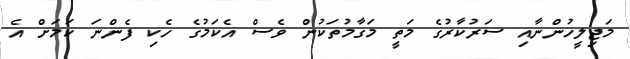
މަޖިލީހުންނާއި ސަރުކާރުގެ މަތީ މަގާމުތަކުން ވެސް އެކަމުގެ ހެކި ފެންނަ ކަމަށް އެ